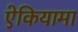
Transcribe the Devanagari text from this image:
ऐकियामा